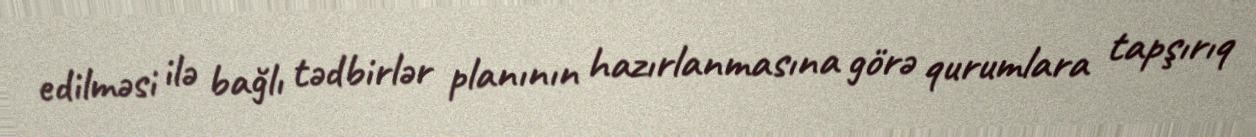
edilməsi ilə bağlı tədbirlər planının hazırlanmasına görə qurumlara tapşırıq